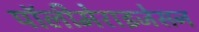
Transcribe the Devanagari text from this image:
पॉलीमेराइजेसन